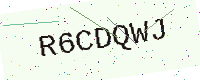
Text: R6CDQWJ